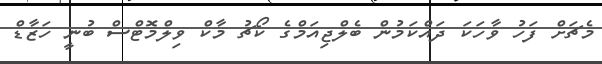
މެޗަށް ފަހު ވާހަކަ ދައްކަމުން ބެލްޖިއަމްގެ ކޯޗު މާކް ވިލްމޮޓްސް ބުނީ ހަޒާޑް